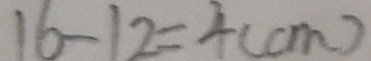
1 6 - 1 2 = 4 ( c m )